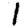
Digit: 1